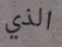
الذي